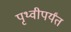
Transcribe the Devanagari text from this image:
पृथ्वीपर्यंत